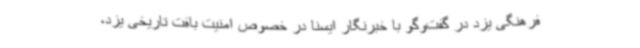
فرهنگی یزد در گفت‌وگو با خبرنگار ایسنا در خصوص امنیت بافت تاریخی یزد،